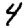
Digit: 4